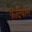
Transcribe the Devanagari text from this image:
फैदियास